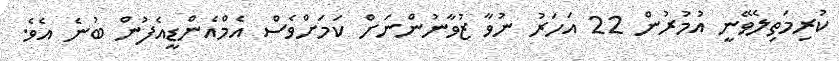
ކުރިމަތިލެވޭނީ އުމުރުން 22 އަހަރު ނުވާ ޒުވާނުންނަށް ކަމަށްވެސް އެމްއެންޑީއެފުން ބުނެ އެވެ.